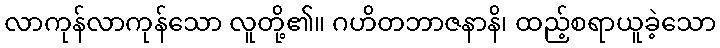
လာကုန်လာကုန်သော လူတို့၏။ ဂဟိတဘာဇနာနိ၊ ထည့်စရာယူခဲ့သော